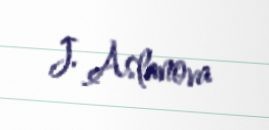
J. Aslanova